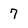
Character: 7